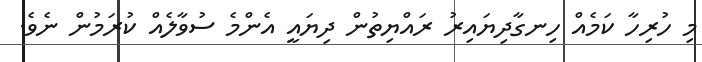
މި ހުރިހާ ކަމެއް ހިނގާދިޔައިރު ރައްޔިތުން ދިޔައީ އެންމެ ސުވާލެއް ކުރަމުން ނެވެ.